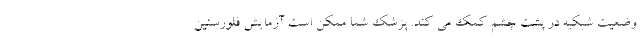
وضعیت شبکیه در پشت چشم کمک می کند. پزشک شما ممکن است آزمایش فلورسئین